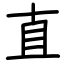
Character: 直